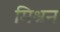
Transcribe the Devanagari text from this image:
मिश्रन